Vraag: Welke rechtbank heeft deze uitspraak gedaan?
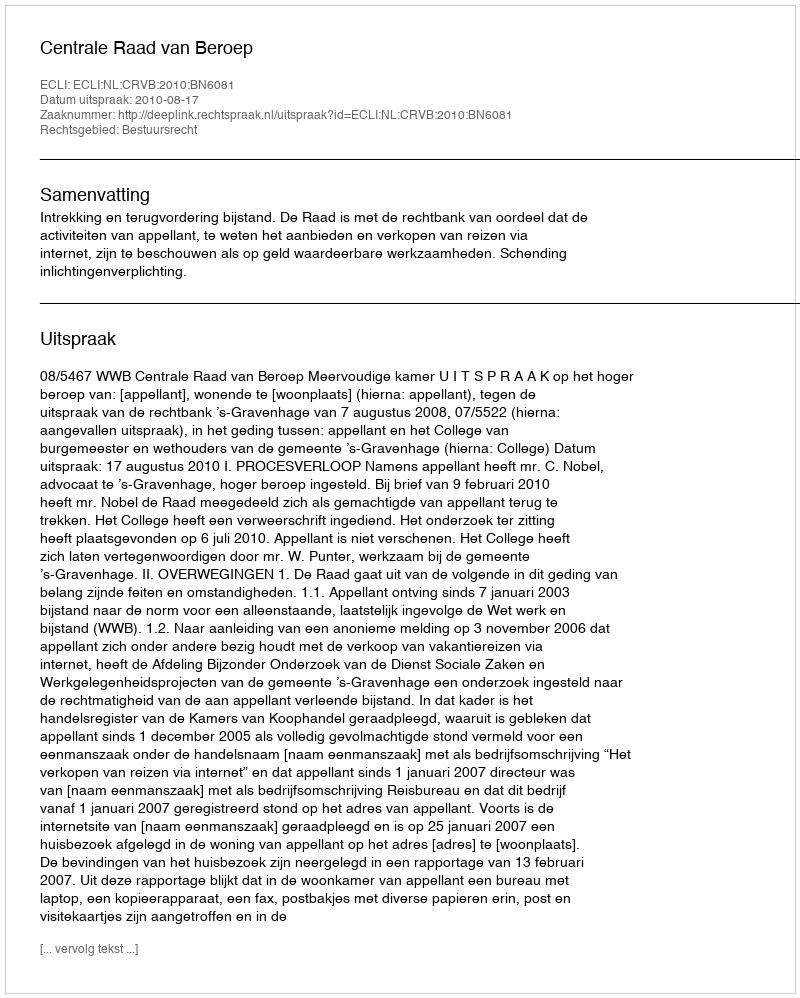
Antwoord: Centrale Raad van Beroep